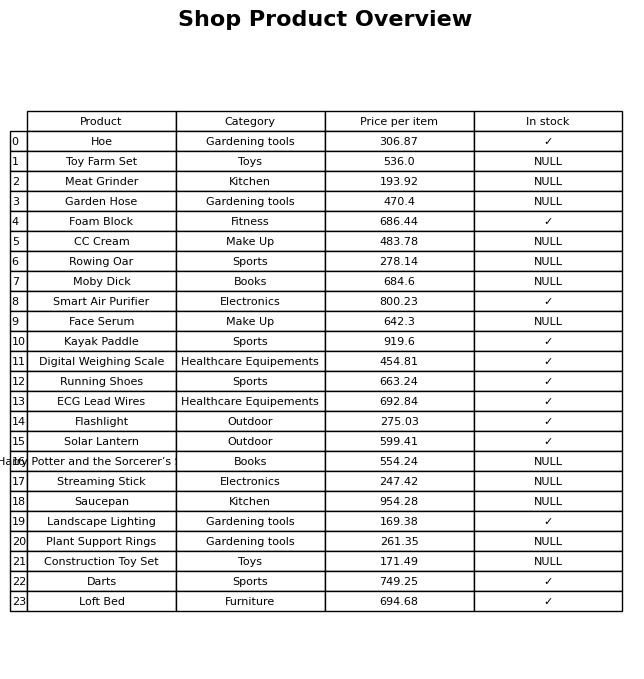
question: What is the price for Face Serum?
answer: The price of Face Serum is 642.3.